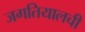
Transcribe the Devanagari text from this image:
जगतियालची